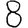
Digit: 8